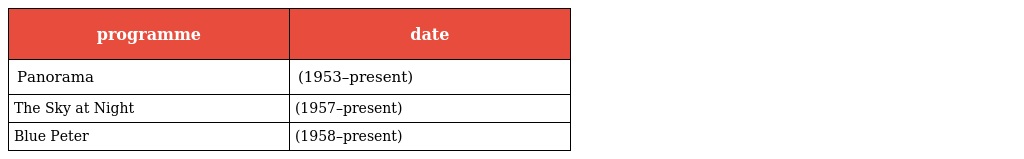
| programme | date |
 | --- | --- |
 | Panorama | (1953–present) |
 | The Sky at Night | (1957–present) |
 | Blue Peter | (1958–present) |